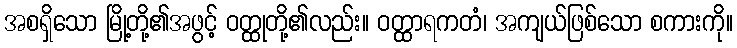
အစရှိသော မြို့တို့၏အဖွင့် ဝတ္ထုတို့၏လည်း။ ဝတ္ထာရကတံ၊ အကျယ်ဖြစ်သော စကားကို။